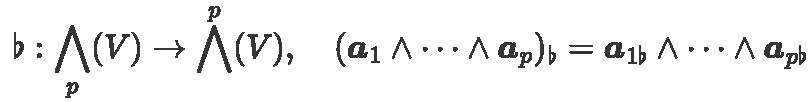
$\flat: \bigwedge_{p}(V) \to \bigwedge^{p}(V), \quad (\boldsymbol{a}_1 \wedge \cdots \wedge \boldsymbol{a}_p)_{\flat} = \boldsymbol{a}_{1\flat} \wedge \cdots \wedge \boldsymbol{a}_{p\flat}$